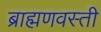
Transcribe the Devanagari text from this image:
ब्राह्मणवस्ती